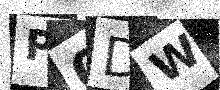
Text: P0DW